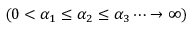
( 0 < \alpha _ { 1 } \le \alpha _ { 2 } \le \alpha _ { 3 } \dots \rightarrow \infty )